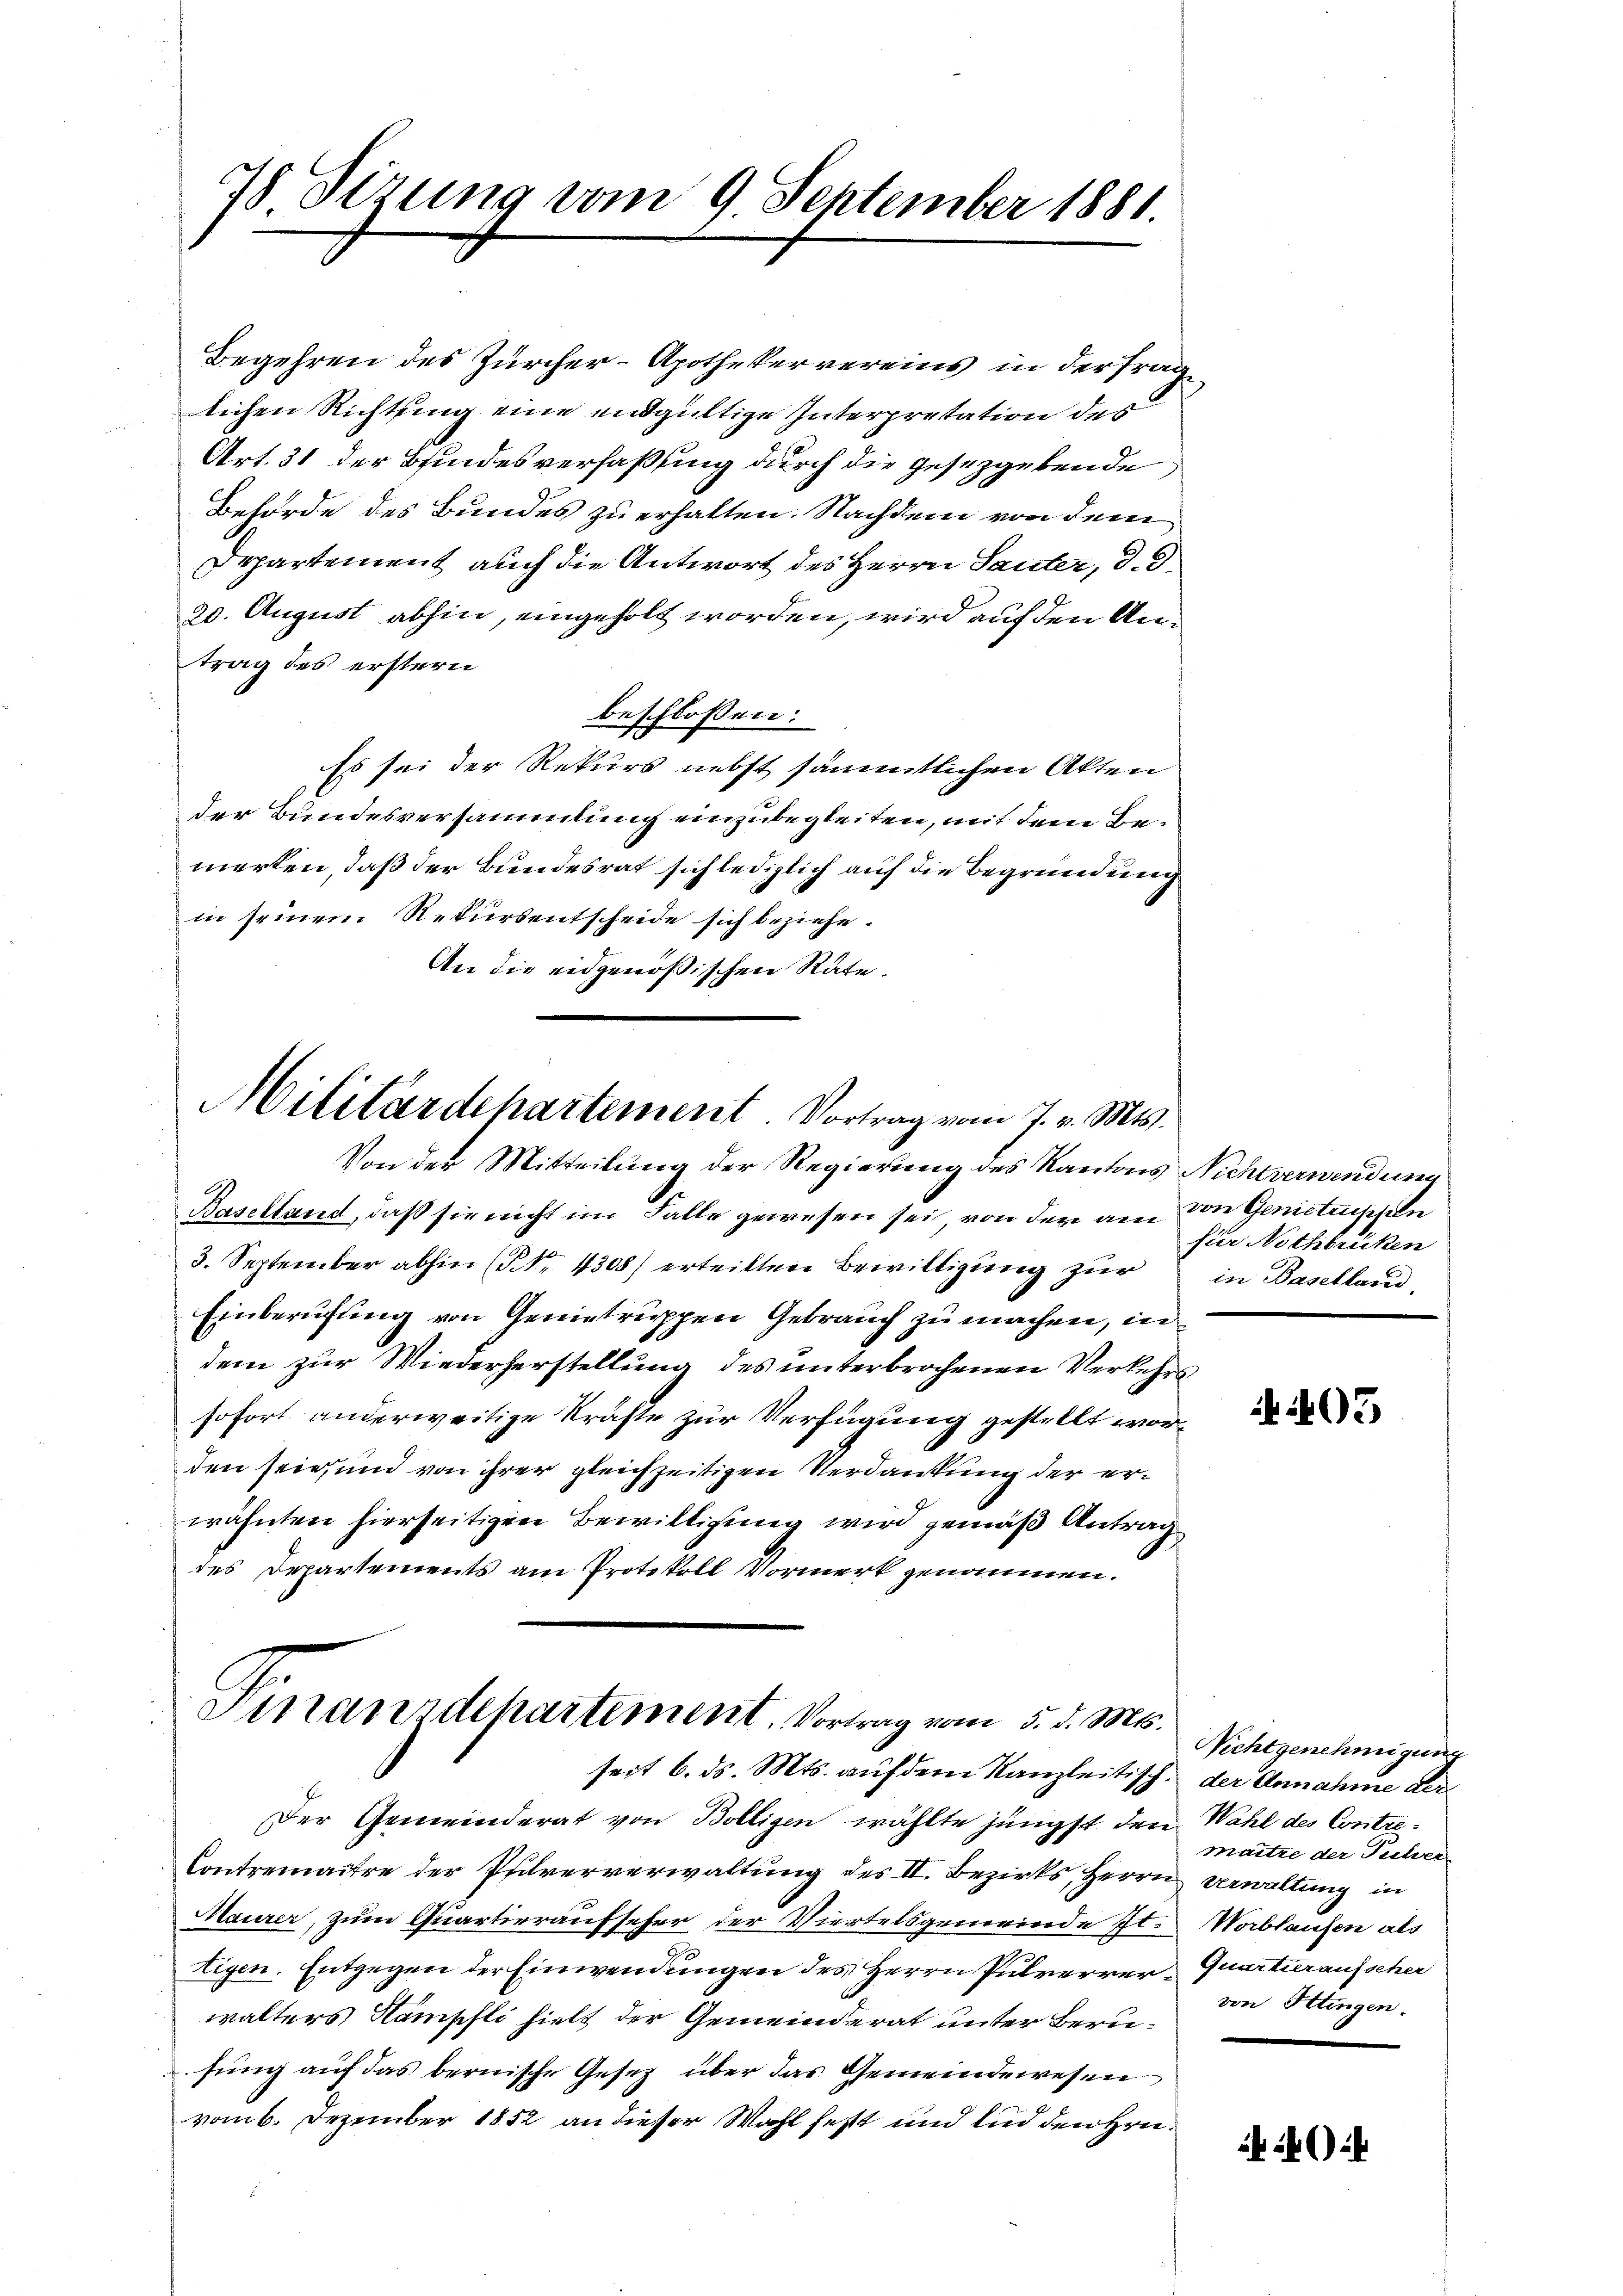
Begehren des Zürcher-Apothekervereins in der Frag
lichen Richtung eine endgültige Interpretation des
Art. 31 der Bindesverfaßung durch die gesetzgebende
Behörde des Bundes zu erhalten. Nachdem von dem
Departement auch die Antwort des Herrn Sauter, d. d.
20. August abhin, eingeholt worden, wird auf den Antrag des erstern
beschlossen:
Es sei der Rekurs nebst sämmtlichen Akten
der Bundesversammlung einzubegleiten, mit dem Bemerken, daß der Bundesrat sich lediglich auf die Begründung
in seinem Rekursentscheide sich beziehe.
An die eidgenößischen Räte.

Sizung vom 9. September 1881.

Militärdehartement Vortrag vom 7. v. Mts.
Von der Mitteilung der Regierung des Kantons Nichtverwendung

Finanzdepartement. Vortrag vom 5. d. Mts.
seit 6. ds. Mts. auf dem Kanzleitisch, der Annahme der

Baselland, daß sie nicht im Falle gewesen sei, von der am von Gemetrissen
3. September abhin (NNo. 4308/ erteilten Bewilligung zur
Einberufung von Genietruppen Gebrauch zu machen, in
dem zur Wiederherstellung des unterbrochenen Verkehrs
sofort anderweitige Kräfte zur Verfügung gestellt wor¬
.
den sein, und von ihrer gleichzeitigen Verdankung der erwähnten hierseitigen Bewilligung wird gemäß Antrag
des Departements am Protokoll Vormerk genommen.

Der Gemeinderat von Bolligen wählte jüngst den
Contremaitre der Pfilververwaltung des II. Bezirks, Herrn
Maurer, zum Quartieraufseher der Viertelsgemeinde It.
tigen. Entgegen der Einwendungen des Herrn Pulververwalters Hämpfli hielt der Gemeinderat unter Berusung auf das bernische Gesetz über das Gemeindewesen
vom 6. Dezember 1852 an dieser Wahl fest und und den Hrn.

für Nothbrücken
in Baselland,

A 403

Nichtgenehmigung
Wahl des Contre-
maitre der Subver-
Verwaltung in
Worblaufen als
Quartieraufscher
von Ittingen.

) i